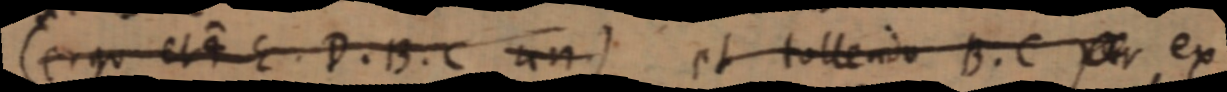
(ergo et 4 E. D. B. C un) et tollendo B. C per ex